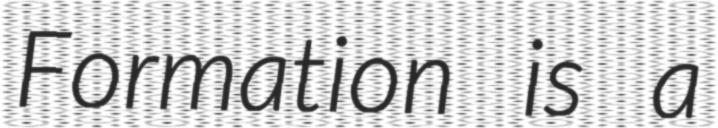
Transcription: Formation is a